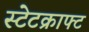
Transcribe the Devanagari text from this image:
स्टेटक्राफ्ट